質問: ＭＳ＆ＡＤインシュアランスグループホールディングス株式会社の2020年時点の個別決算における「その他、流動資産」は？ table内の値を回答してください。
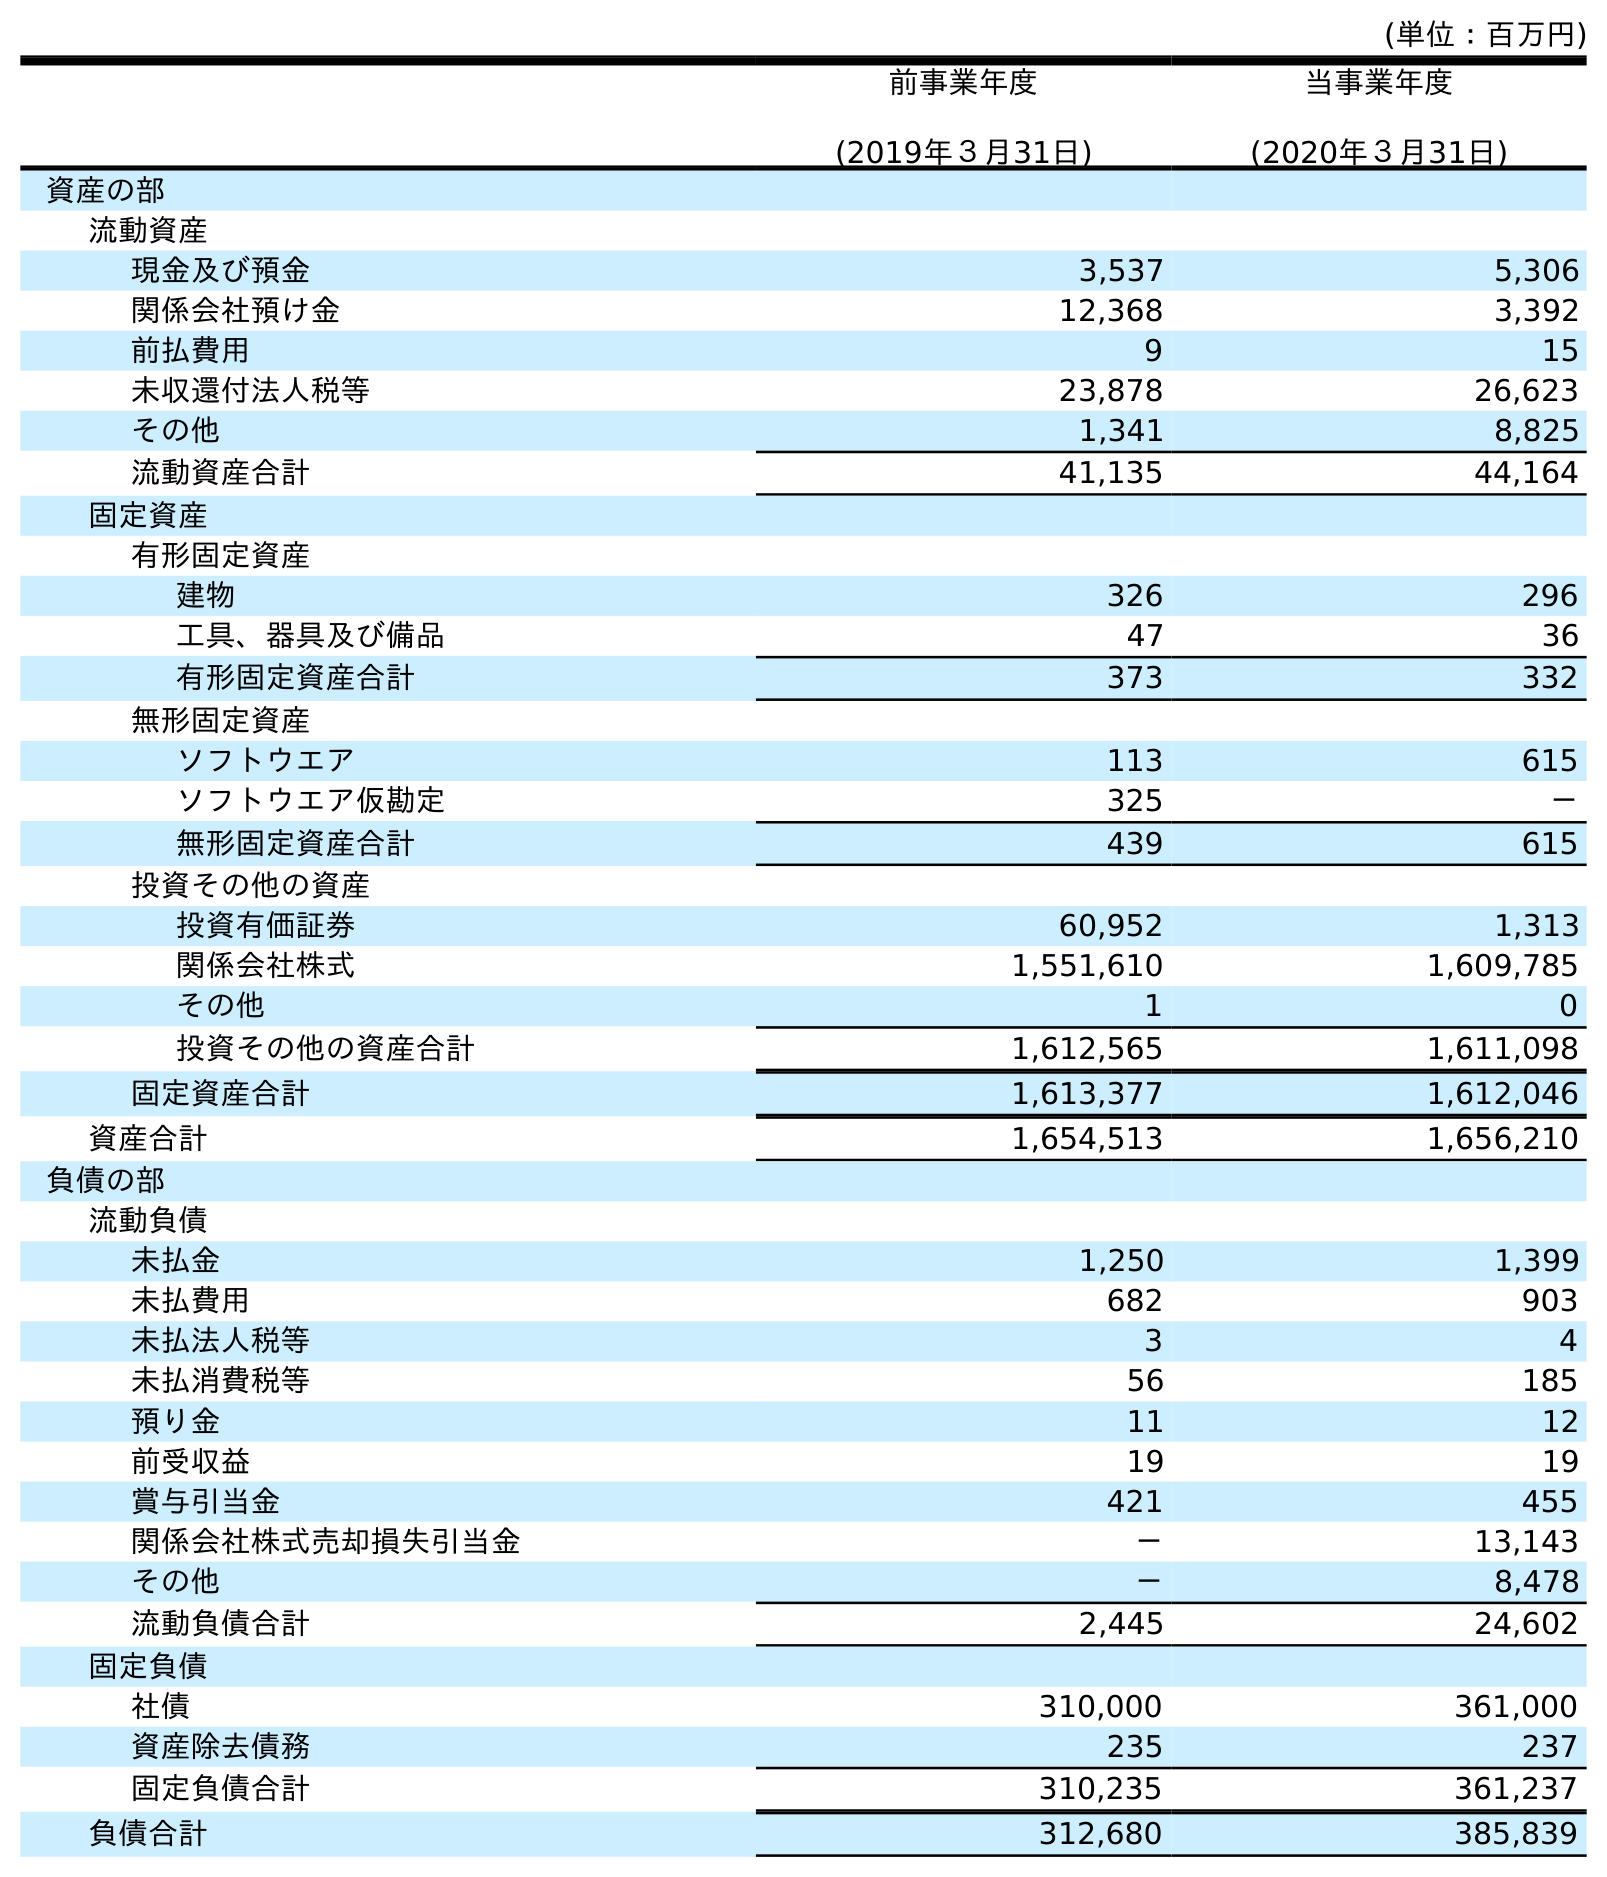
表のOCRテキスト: (単位：百万円) 前事業年度 (2019年３月31日) 当事業年度 (2020年３月31日) 資産の部 流動資産 現金及び預金 3,537 5,306 関係会社預け金 12,368 3,392 前払費用 9 15 未収還付法人税等 23,878 26,623 その他 1,341 8,825 流動資産合計 41,135 44,164 固定資産 有形固定資産 建物 326 296 工具、器具及び備品 47 36 有形固定資産合計 373 332 無形固定資産 ソフトウエア 113 615 ソフトウエア仮勘定 325 － 無形固定資産合計 439 615 投資その他の資産 投資有価証券 60,952 1,313 関係会社株式 1,551,610 1,609,785 その他 1 0 投資その他の資産合計 1,612,565 1,611,098 固定資産合計 1,613,377 1,612,046 資産合計 1,654,513 1,656,210 負債の部 流動負債 未払金 1,250 1,399 未払費用 682 903 未払法人税等 3 4 未払消費税等 56 185 預り金 11 12 前受収益 19 19 賞与引当金 421 455 関係会社株式売却損失引当金 － 13,143 その他 － 8,478 流動負債合計 2,445 24,602 固定負債 社債 310,000 361,000 資産除去債務 235 237 固定負債合計 310,235 361,237 負債合計 312,680 385,839
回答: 8,825